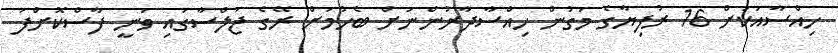
ހިއްސާއަކަށް 16 ރުފިޔާގެ މަގުން ހިއްސާދާރުންނަށް ބެހުމަށް ރޭގެ ޖަލްސާގައި ވަނީ ފާސްކޮށްފަ